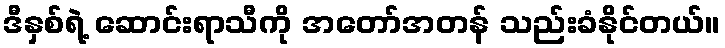
ဒီနှစ်ရဲ့ ဆောင်းရာသီကို အတော်အတန် သည်းခံနိုင်တယ်။